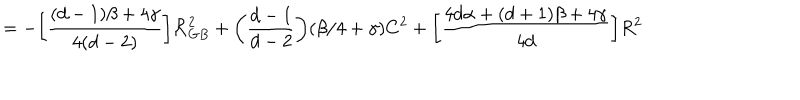
= - \bigg [ \frac { ( d - 1 ) \beta + 4 \gamma } { 4 ( d - 2 ) } \bigg ] { \cal R } _ { G B } ^ { 2 } + \bigg ( \frac { d - 1 } { d - 2 } \bigg ) ( \beta / 4 + \gamma ) C ^ { 2 } + \bigg [ \frac { 4 d \alpha + ( d + 1 ) \beta + 4 \gamma } { 4 d } \bigg ] R ^ { 2 }